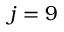
j = 9